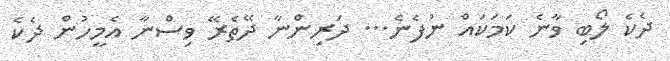
ދެކެ ލޯބި ވާނެ ކަމަކައް ނުފެނެ... ދަރިންނާ ދޭތެރޭ ވިސްނާ އެމީހުން ދެކެ